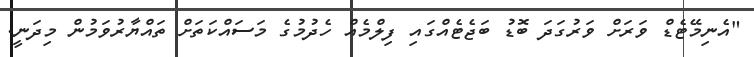
"އެނިމޭޓެޑް ވަރަށް ވަރުގަދަ ބޮޑު ބަޖެޓެއްގައި ފިލްމެއް ހެދުމުގެ މަސައްކަތަށް ތައްޔާރުވަމުން މިދަނީ.